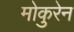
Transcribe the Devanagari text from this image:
मोकुरेन